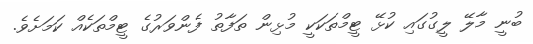
ބުނީ މާލޭ ލީގުގައި ކުޅޭ ޓީމްތަކަކީ މުޅިން ތަފާތު ފެންވަރުގެ ޓީމްތަކެއް ކަމަށެވެ.